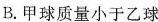
B.甲球质量小于乙球